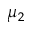
\mu _ { 2 }